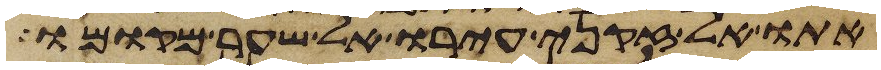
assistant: אתו אל זקני עירו אל שער מקומו